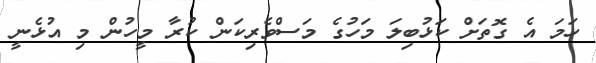
ހަމަ އެ ގޮތަށް ކަޅުބިލަ މަހުގެ މަސްވެރިކަން ކުރާ މީހުން މި އުޅެނީ